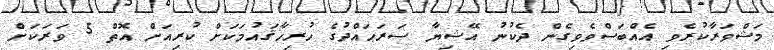
މަޝްވަރާކުރެވި އެއްބަސްވެވިގެން ދެކުނު އޭޝިޔާ ސަރަޙައްދުގެ ހުރިހާޤައުމަކަށް ކުރިއަށް އޮތް 5 ވަރަކަށް